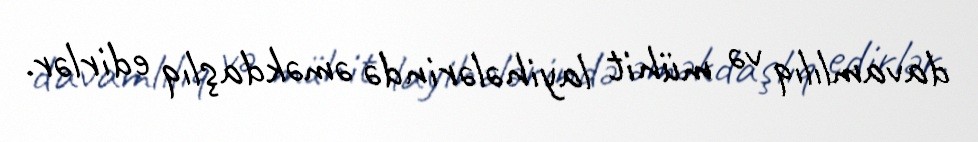
davamlılıq və mühit layihələrində əməkdaşlıq edirlər.